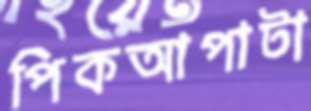
পিকআপাটা